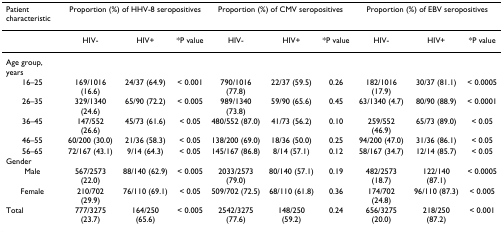
<table><thead><tr><td><b>Patient characteristic</b></td><td colspan="3"><b>Proportion (%) of HHV-8 seropositives</b></td><td colspan="3"><b>Proportion (%) of CMV seropositives</b></td><td colspan="3"><b>Proportion (%) of EBV seropositives</b></td></tr></thead><tbody><tr><td></td><td>HIV-</td><td>HIV+</td><td>*P value</td><td>HIV-</td><td>HIV+</td><td>*P value</td><td>HIV-</td><td>HIV+</td><td>*P value</td></tr><tr><td>Age group, years</td><td></td><td></td><td></td><td></td><td></td><td></td><td></td><td></td><td></td></tr><tr><td>16–25</td><td>169/1016 (16.6)</td><td>24/37 (64.9)</td><td>&lt; 0.001</td><td>790/1016 (77.8)</td><td>22/37 (59.5)</td><td>0.26</td><td>182/1016 (17.9)</td><td>30/37 (81.1)</td><td>&lt; 0.0005</td></tr><tr><td>26–35</td><td>329/1340 (24.6)</td><td>65/90 (72.2)</td><td>&lt; 0.005</td><td>989/1340 (73.8)</td><td>59/90 (65.6)</td><td>0.45</td><td>63/1340 (4.7)</td><td>80/90 (88.9)</td><td>&lt; 0.0001</td></tr><tr><td>36–45</td><td>147/552 (26.6)</td><td>45/73 (61.6)</td><td>&lt; 0.05</td><td>480/552 (87.0)</td><td>41/73 (56.2)</td><td>0.10</td><td>259/552 (46.9)</td><td>65/73 (89.0)</td><td>&lt; 0.05</td></tr><tr><td>46–55</td><td>60/200 (30.0)</td><td>21/36 (58.3)</td><td>&lt; 0.05</td><td>138/200 (69.0)</td><td>18/36 (50.0)</td><td>0.25</td><td>94/200 (47.0)</td><td>31/36 (86.1)</td><td>&lt; 0.05</td></tr><tr><td>56–65</td><td>72/167 (43.1)</td><td>9/14 (64.3)</td><td>&lt; 0.05</td><td>145/167 (86.8)</td><td>8/14 (57.1)</td><td>0.12</td><td>58/167 (34.7)</td><td>12/14 (85.7)</td><td>&lt; 0.05</td></tr><tr><td>Gender</td><td></td><td></td><td></td><td></td><td></td><td></td><td></td><td></td><td></td></tr><tr><td>Male</td><td>567/2573 (22.0)</td><td>88/140 (62.9)</td><td>&lt; 0.005</td><td>2033/2573 (79.0)</td><td>80/140 (57.1)</td><td>0.19</td><td>482/2573 (18.7)</td><td>122/140 (87.1)</td><td>&lt; 0.0005</td></tr><tr><td>Female</td><td>210/702 (29.9)</td><td>76/110 (69.1)</td><td>&lt; 0.05</td><td>509/702 (72.5)</td><td>68/110 (61.8)</td><td>0.36</td><td>174/702 (24.8)</td><td>96/110 (87.3)</td><td>&lt; 0.005</td></tr><tr><td>Total</td><td>777/3275 (23.7)</td><td>164/250 (65.6)</td><td>&lt; 0.005</td><td>2542/3275 (77.6)</td><td>148/250 (59.2)</td><td>0.24</td><td>656/3275 (20.0)</td><td>218/250 (87.2)</td><td>&lt; 0.001</td></tr></tbody></table>